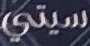
سيتي